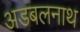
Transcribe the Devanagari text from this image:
अडबलनाथ